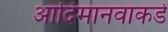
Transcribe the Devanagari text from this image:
आदिमानवाकडे